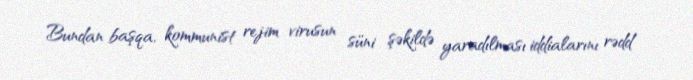
Bundan başqa, kommunist rejim virusun süni şəkildə yaradılması iddialarını rədd